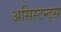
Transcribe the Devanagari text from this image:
असिस्टन्ट्स